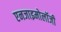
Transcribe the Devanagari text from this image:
एनजाइमोलॉजी